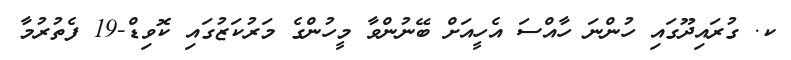
ކ. ގުރައިދޫގައި ހުންނަ ހާއްސަ އެހީއަށް ބޭނުންވާ މީހުންގެ މަރުކަޒުގައި ކޮވިޑް-19 ފެތުރުމާ